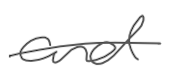
Text: and
Cross-out: single-line
Writing tool: digital_gray